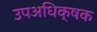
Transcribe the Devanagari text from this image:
उपअधिक्षक